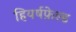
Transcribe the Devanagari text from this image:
हियर्षफ़ेल्ड